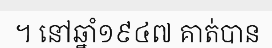
។ នៅឆ្នាំ១៩៤៧ គាត់បាន